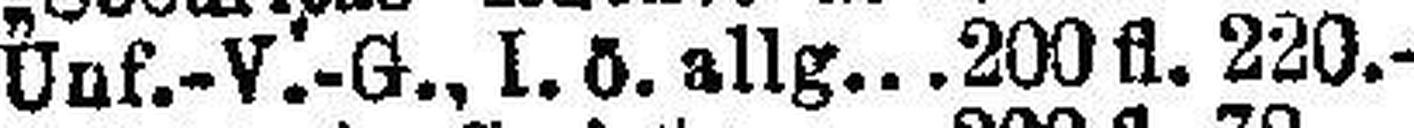
Unf.-V.-G., I. ö. allg 200 fl. 220.-